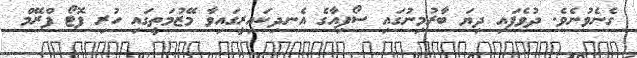
ގެނެވުނެވެ. ދުވެފައި ދިޔަ ބާރުމިނުގައި ސޯފިއާގެ އެނދިކައިރީގައިވާ މޭޒުމަތީގައި ހުރި ފޮޓޯ ފްރޭމް